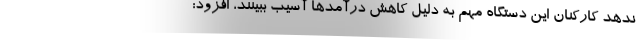
ندهد کارکنان این دستگاه مهم به دلیل کاهش درآمدها آسیب ببینند، افزود: